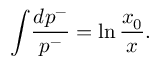
{ \int } \frac { d p ^ { - } } { p ^ { - } } = \ln \frac { x _ { 0 } } { x } .